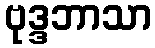
ဗုဒ္ဒဘာသာ